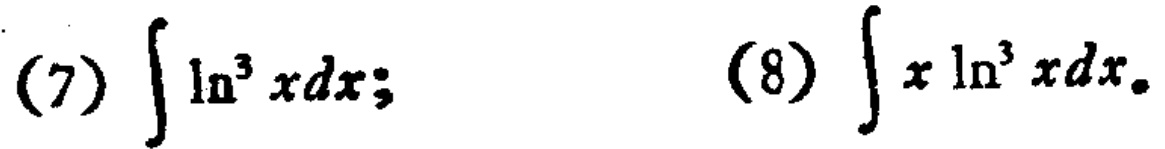
(7) \(\int \ln^{3} xdx;\) (8) \(\int x\ln^{3} xdx\)